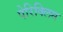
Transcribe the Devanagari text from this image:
पेरिक्लिस